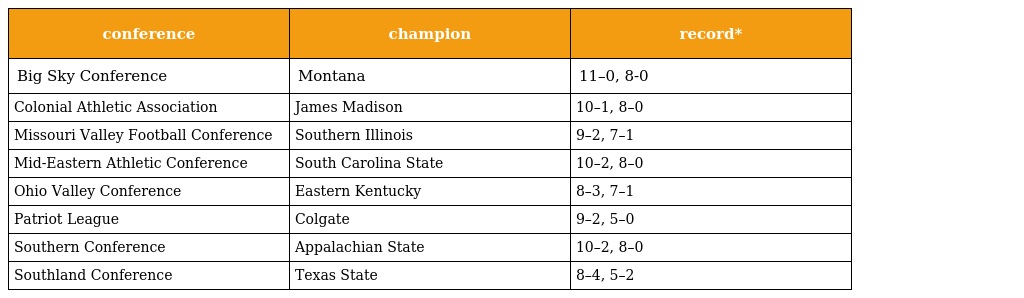
| conference | champion | record* |
 | --- | --- | --- |
 | Big Sky Conference | Montana | 11–0, 8-0 |
 | Colonial Athletic Association | James Madison | 10–1, 8–0 |
 | Missouri Valley Football Conference | Southern Illinois | 9–2, 7–1 |
 | Mid-Eastern Athletic Conference | South Carolina State | 10–2, 8–0 |
 | Ohio Valley Conference | Eastern Kentucky | 8–3, 7–1 |
 | Patriot League | Colgate | 9–2, 5–0 |
 | Southern Conference | Appalachian State | 10–2, 8–0 |
 | Southland Conference | Texas State | 8–4, 5–2 |